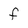
Character: f